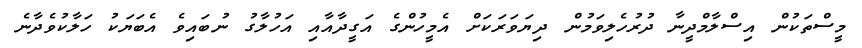
މީސްތަކުން އިސްލާމްދީނާ ދުރުހެލިވަމުން ދިޔަވަަރަކަށް އެމީހުންގެ އަގީދާއާއި އަހުލާގު ނުބައިވެ އެބަޔަކު ހަލާކުވެދާނެ